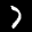
Label: 7